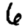
Digit: 6